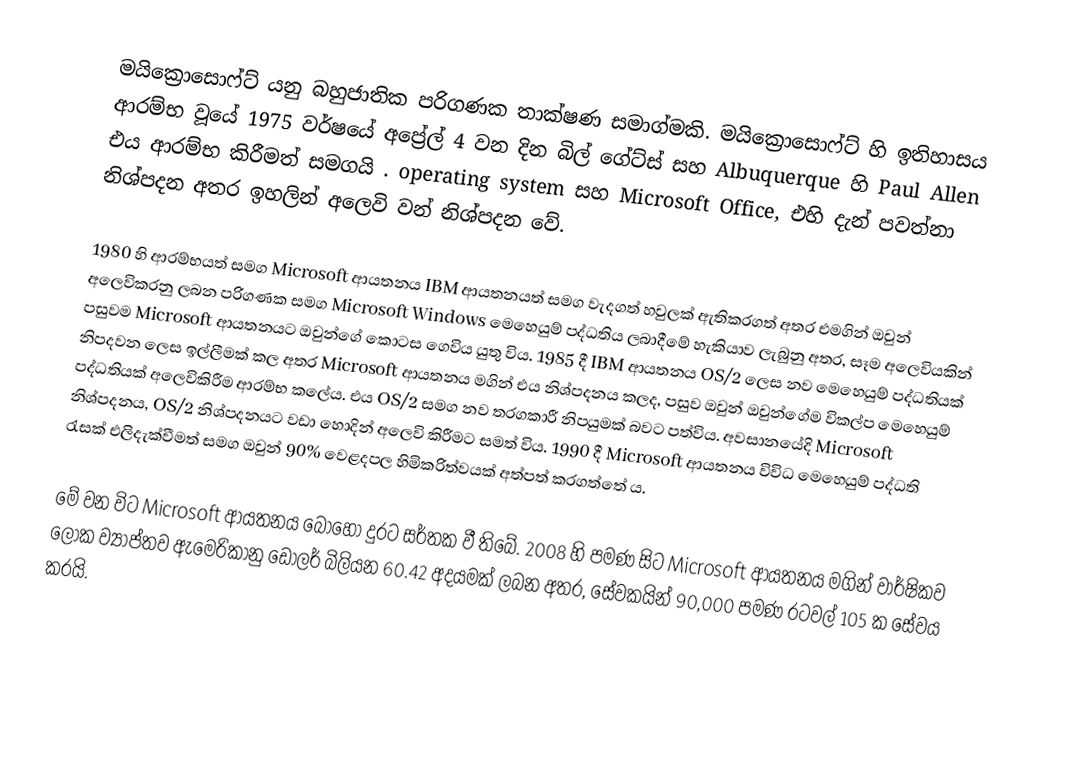
මයික්‍රොසොෆ්ට්  යනු බහුජාතික පරිගණක තාක්ෂණ සමාග්මකි.  මයික්‍රොසොෆ්ට් හි ඉතිහාසය ආරම්භ වූයේ 1975 වර්ෂයේ අප්‍රේල් 4 වන දින බිල් ගේට්ස් සහ Albuquerque හි Paul Allen  එය ආරම්භ කිරීමත් සමගයි .  operating system සහ Microsoft Office, එහි දැන් පවත්නා නිශ්පදන අතර ඉහලින් අලෙවි වන් නිශ්පදන වේ.

1980 හි ආරම්භයත් සමග Microsoft ආයතනය IBM ආයතනයත් සමග වැදගත් හවුලක් ඇතිකරගත් අතර එමගින් ඔවුන් අලෙවිකරනු ලබන පරිගණක සමග Microsoft Windows මෙහෙයුම් පද්ධතිය ලබාදීමේ හැකියාව ලැබුනු අතර, සෑම අලෙවියකින් පසුවම Microsoft ආයතනයට ඔවුන්ගේ කොටස ගෙවිය යුතු විය. 1985 දී IBM ආයතනය OS/2 ලෙස නව මෙහෙයුම් පද්ධතියක් නිපදවන ලෙස ඉල්ලීමක් කල අතර Microsoft ආයතනය මගින් එය නිශ්පදනය කලද, පසුව ඔවුන් ඔවුන්ගේම විකල්ප මෙහෙයුම් පද්ධතියක් අලෙවිකිරීම ආරම්භ කලේය. එය OS/2 සමග නව තරගකාරී නිපයුමක් බවට පත්විය. අවසානයේදි Microsoft නිශ්පදනය, OS/2 නිශ්පදනයට වඩා හොදින් අලෙවි කිරීමට සමත් විය. 1990 දී Microsoft ආයතනය විවිධ මෙහෙයුම් පද්ධති රැසක් එලිදැක්වීමත් සමග ඔවුන් 90% වෙළදපල හිමිකරිත්වයක් අත්පත් කරගත්තේ ය.

මේ වන විට Microsoft ආයතනය බොහෝ දුරට සර්තක වී තිබේ. 2008 හි පමණ සිට Microsoft ආයතනය මගින් වාර්ෂිකව ලෝක ව්‍යාප්තව ඇමෙරිකානු ඩොලර් බිලියන 60.42 අදයමක් ලබන අතර, සේවකයින් 90,000 පමණ රටවල් 105 ක සේවය කරයි.